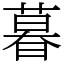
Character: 暮